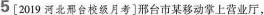
5[2019河北邢台校级月考]邢台市某移动掌上营业厅，